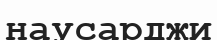
наусарджи